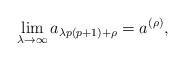
LaTeX: \begin{align*}\lim_{\lambda\rightarrow\infty}a_{\lambda p(p+1)+\rho}=a^{(\rho)},\end{align*}